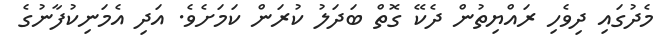
މެދުގައި ދިވެހި ރައްޔިތުން ދެކޭ ގޮތް ބަދަލު ކުރަން ކަމަށެވެ. އަދި އެމަނިކުފާނުގެ